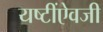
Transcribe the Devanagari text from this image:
यष्टींऐवजी